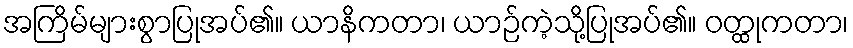
အကြိမ်များစွာပြုအပ်၏။ ယာနိကတာ၊ ယာဉ်ကဲ့သို့ပြုအပ်၏။ ဝတ္ထုကတာ၊